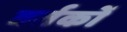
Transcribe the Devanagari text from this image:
वर्तकों